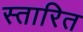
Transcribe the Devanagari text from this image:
स्तारित